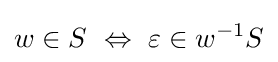
w\in S\ \Leftrightarrow \ \varepsilon \in w^{-1}S